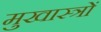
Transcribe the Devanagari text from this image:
मुखास्त्रों